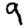
Digit: 9